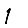
Digit: 1